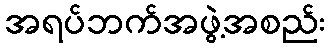
အရပ်ဘက်အဖွဲ့အစည်း